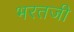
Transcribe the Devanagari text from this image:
भरतजी